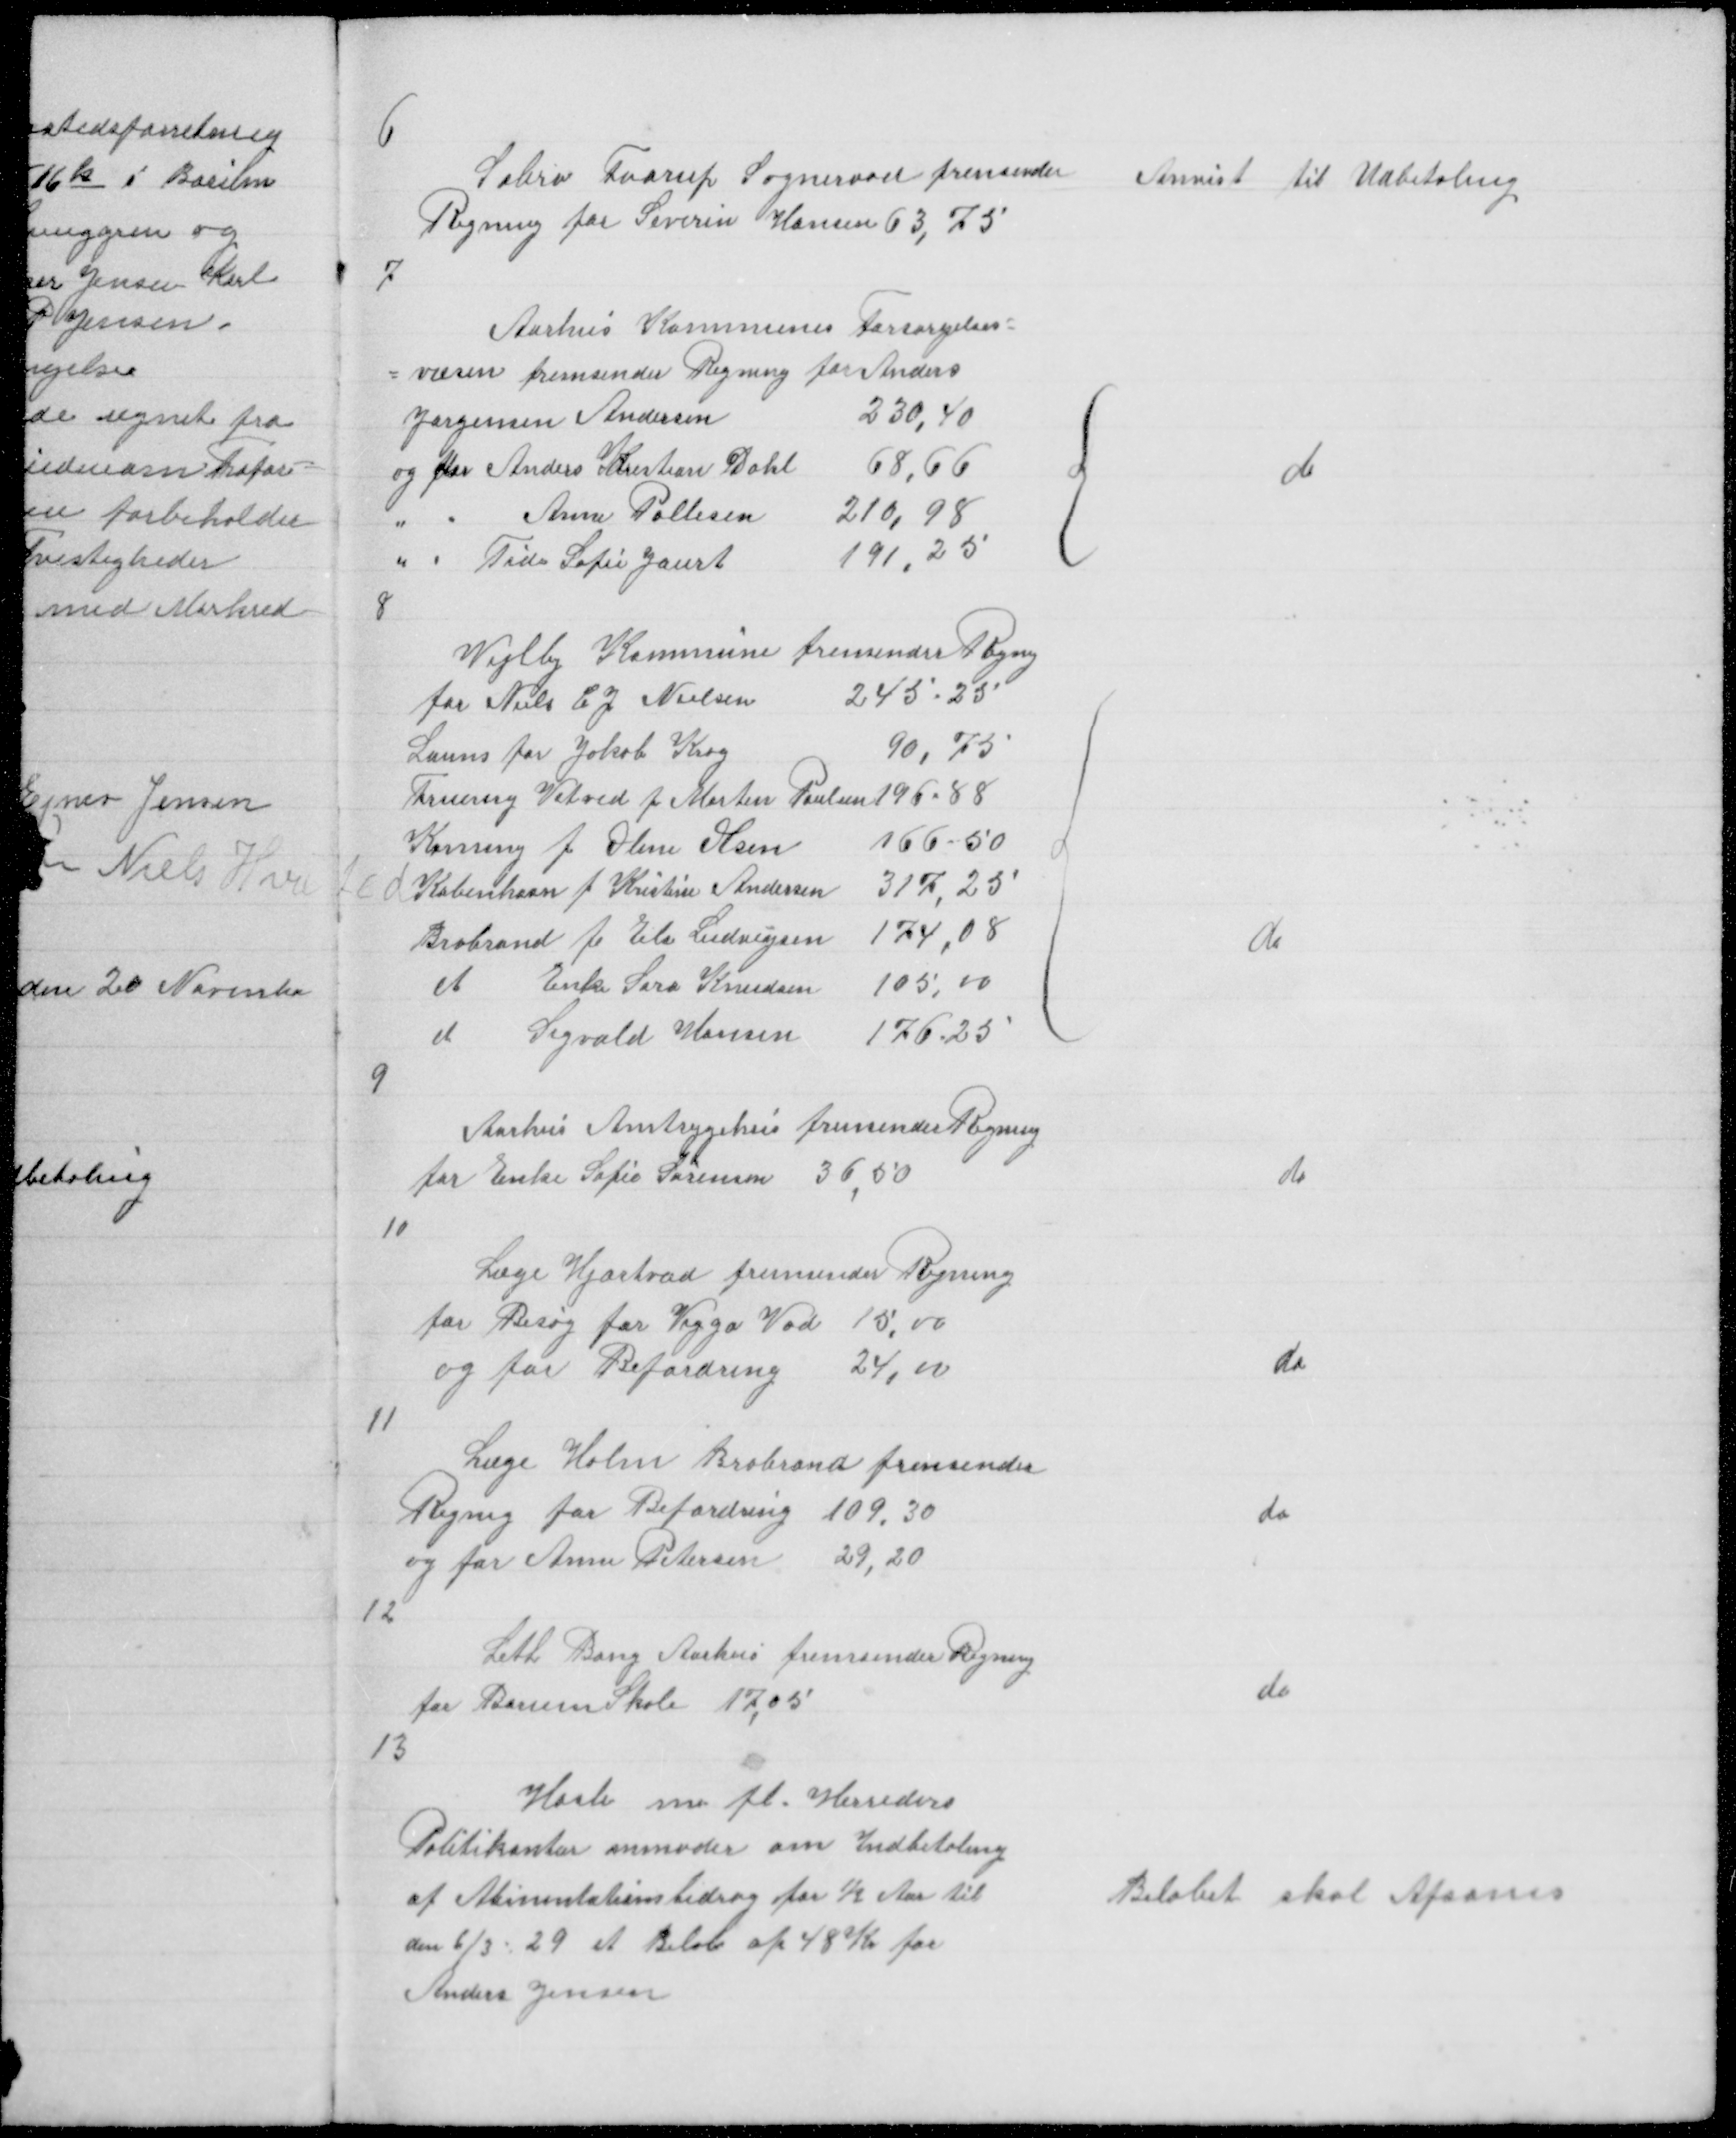
Transskription:
6

Sabro Faarup Sogneraad fremsender
Regning for Severin Hansen 63,75

Anvist til Udbetaling

7

{

do

8

{

do

9

Aarhus Amtsygehus fremsender Regning
for Enke Sofie Sørensen 36,50

do

10

Læge Hjortvad fremsender Regning
for Besøg for Viggo Vad 15,00
og for Befordring 24,00

do

11

Læge Holm Brabrand fremsender
Regnig for Befordring 109,30
og for Anne Petersen 29,20
12

do

Leth Bang Aarhus fremsender Regning
for Borum Skole 17,05

do

13

Hasle m fl. Herreders
Politikontor anmoder om Indbetaling
af Alimentationsbidrag for ½ Aar til
den 6/3 - 29 et Beløb af 48 K for
Anders Jensen

Beløbet skal Afsones